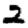
Digit: 2